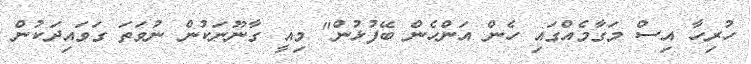
ހުރިހާ އިސް މަގާމެއްގައި ހެން އަންހެން ބޭފުޅުން" މިއީ ގާނޫނަކުން ނުވަތަ ގަވައިދަކުން